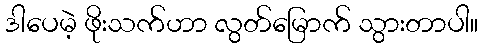
ဒါပေမဲ့ ဖိုးသက်ဟာ လွတ်မြောက် သွားတာပါ။